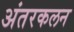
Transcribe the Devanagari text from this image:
अंतरकलन